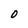
Character: D